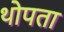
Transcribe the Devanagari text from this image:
थोपता